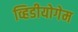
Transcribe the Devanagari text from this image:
व्हिडीयोगेम